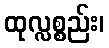
ထုလ္လစ္စည်း၊